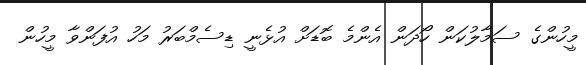
މީހުންގެ ސަމާލުކަން ހޯދަން އެންމެ ބޮޑަށް އުޅެނީ ޑިސެމްބަރު މަހު އުފަންވާ މީހުން